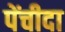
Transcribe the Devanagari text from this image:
पेंचीदा